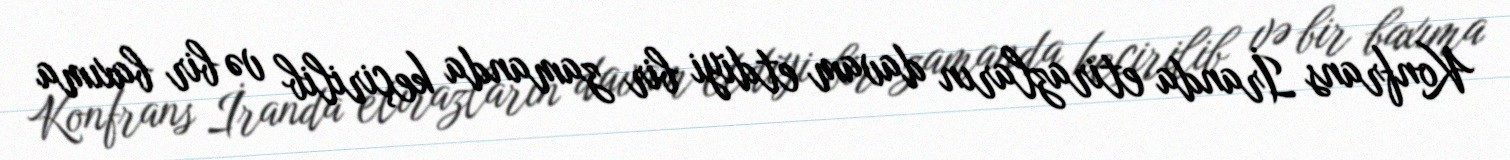
Konfrans İranda etirazların davam etdiyi bir zamanda keçirilib və bir baxıma